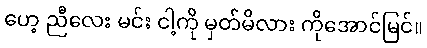
ဟေ့ ညီလေး မင်း ငါ့ကို မှတ်မိလား ကိုအောင်မြင်။